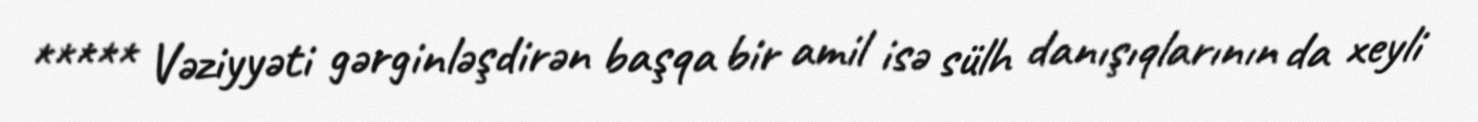
***** Vəziyyəti gərginləşdirən başqa bir amil isə sülh danışıqlarının da xeyli